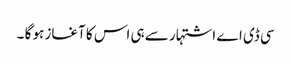
سی ڈی اے اشتہار سے ہی اس کا آغاز ہو گا ۔